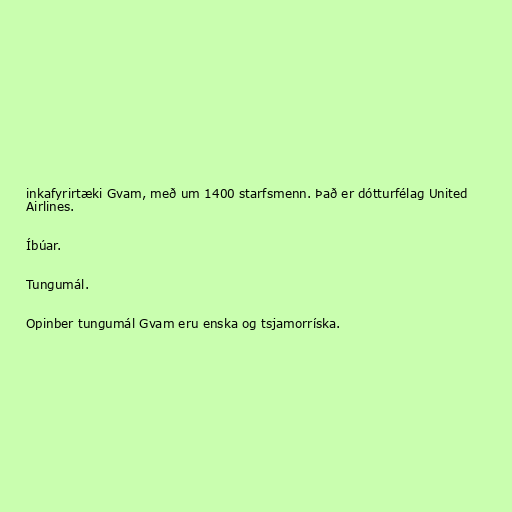
inkafyrirtæki Gvam, með um 1400 starfsmenn. Það er dótturfélag United
Airlines.

Íbúar.

Tungumál.

Opinber tungumál Gvam eru enska og tsjamorríska.